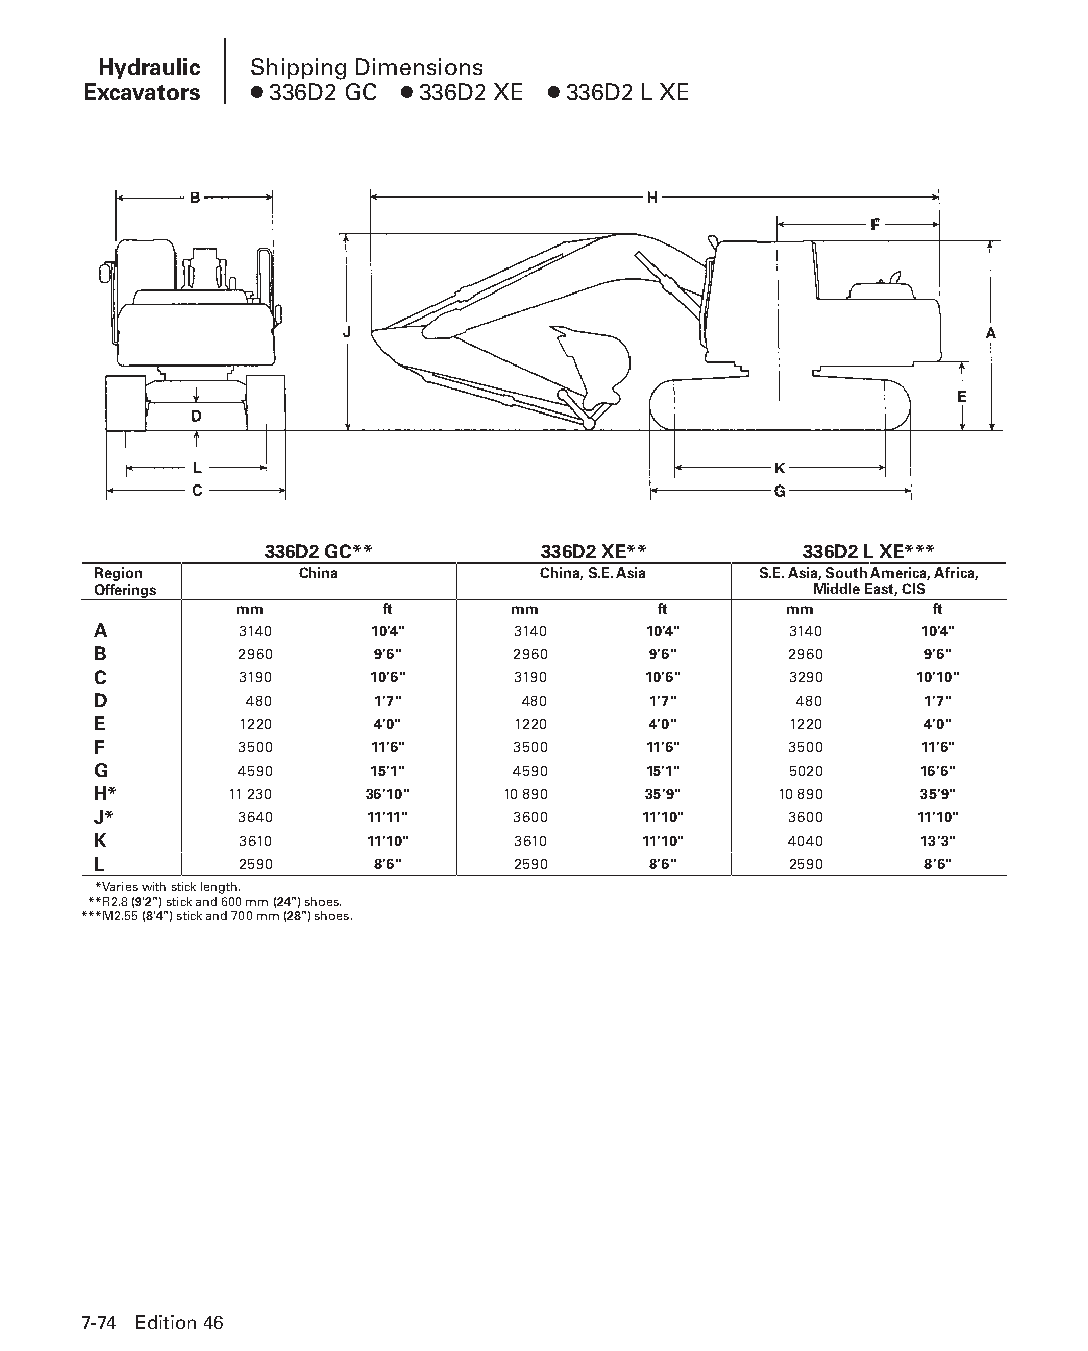
Hydraulic Shipping Dimensions
 Excavators ● 336D2 GC ● 336D2 XE ● 336D2 L XE
 336D2 GC**        336D2 XE**        336D2 L XE***
 Region       China           China, S.E. Asia S.E. Asia, South America, Africa,
 Offerings                                      Middle East, CIS
 mm        ft      mm        ft      mm        ft
 A        3140     10'4"    3140     10'4"     3140    10'4"
 B        2960     9'6"     2960     9'6"      2960     9'6"
 C        3190     10'6"    3190     10'6"     3290    10'10"
 D         480     1'7"      480     1'7"      480      1'7"
 E        1220     4'0"     1220     4'0"      1220     4'0"
 F        3500     11'6"    3500     11'6"     3500    11'6"
 G        4590     15'1"    4590     15'1"     5020    16'6"
 H*      11 230    36'10"   10 890   35'9"    10 890   35'9"
 J*       3640     11'11"   3600     11'10"    3600    11'10"
 K        3610     11'10"   3610     11'10"    4040    13'3"
 L        2590     8'6"     2590     8'6"      2590     8'6"
 ***Varies with stick length.
 ***R2.8 (9'2") stick and 600 mm (24") shoes.
 ***M2.55 (8'4") stick and 700 mm (28") shoes.
 7-74 Edition 46
 PPHHBB--SSeecc0077--HHyyddrraauulliiccEExxccaavvaattoorrss((ppgg000077--8888))..iinndddd 7744 1122//44//1155 1100::3355 AAMM